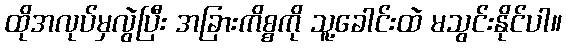
ထိုအလုပ်မှလွဲပြီး အခြားကိစ္စကို သူ့ခေါင်းထဲ မသွင်းနိုင်ပါ။